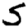
Digit: 5